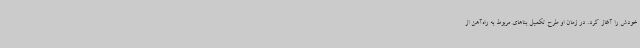
خودش را آغاز کرد. در زمان او طرح تکمیل بناهای مربوط به راه‌آهن از